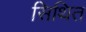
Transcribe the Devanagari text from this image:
सिथित